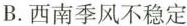
B.西南季风不稳定